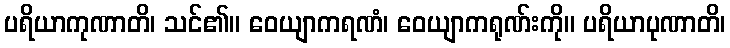
ပရိယာကုဏာတိ၊ သင်၏။ ဝေယျာကရဏံ၊ ဝေယျာကရုဏ်းကို။ ပရိယာပုဏာတိ၊